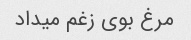
مرغ بوی زغم میداد